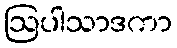
ဩပါသာဒကာ